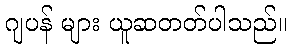
ဂျပန် များ ယူဆတတ်ပါသည်။